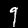
Label: 9